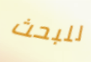
للبحث